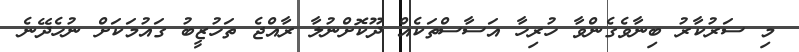
މި ސަރުކާރު ބިނާވެގެންވާ ހުރިހާ އަސާސްތަކެއް ދޫކޮށްނުލާ ރާއްޖެ ތަހުޒީބު ގައުމަކަށް ނުހެދޭނެ